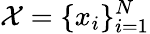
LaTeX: \mathcal{X}=\{ x_{i}\} _{i=1}^{N}